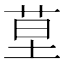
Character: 𦯖